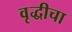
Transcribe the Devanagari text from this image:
वृद्धीचा